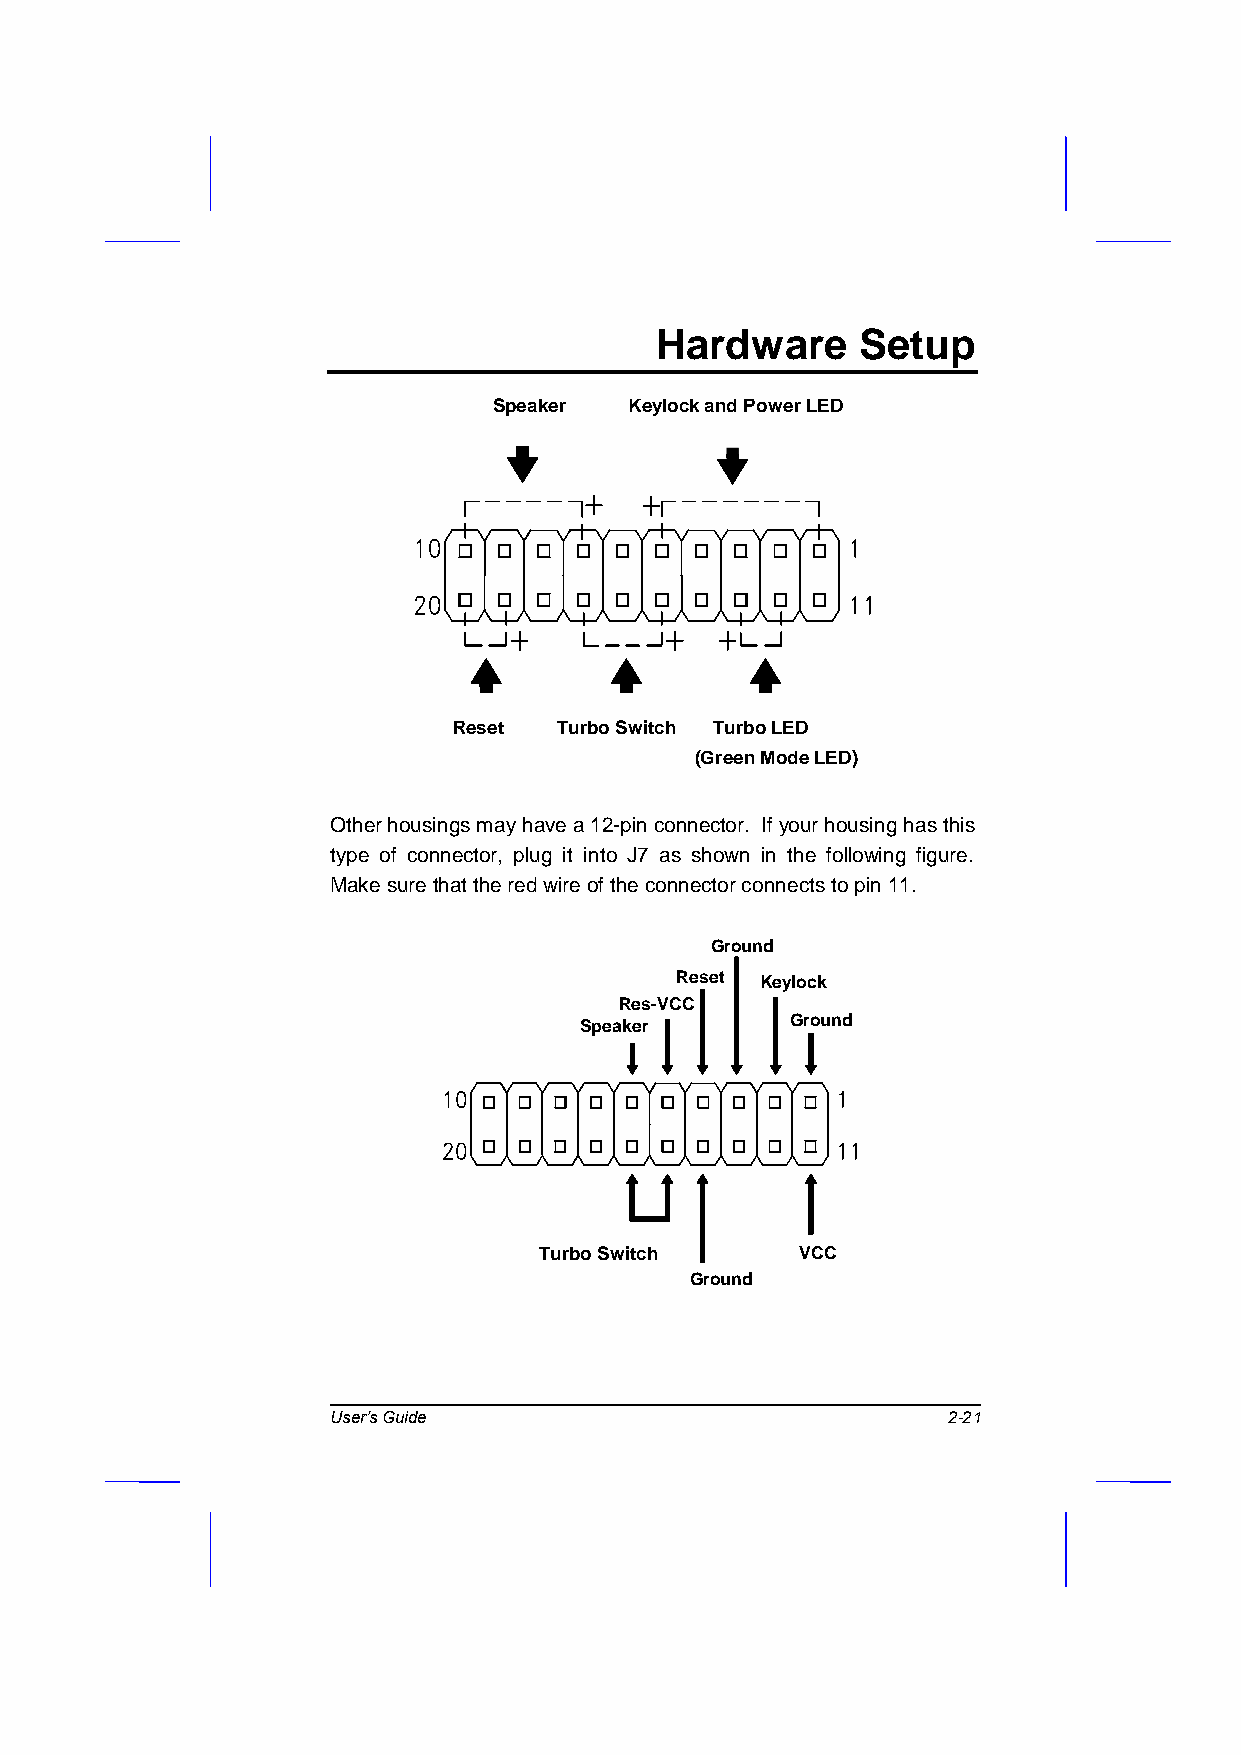
Hardware      Setup
 SSppeeaakkeer r KeyloKcke yalnodc kP &ow Peorw LeErD L ED
 Reset Break Switch Green Mode LED
 Reset  Turbo Switch Turbo LED
 ( Turbo Switch ) ( Turbo LED )
 (Green Mode LED)
 Other housings may have a 12-pin connector. If your housing has this
 type of connector, plug it into J7 as shown in the following figure.
 Make sure that the red wire of the connector connects to pin 11.
 Ground
 Reset Keylock
 Res-VCC
 Speaker       Ground
 Break Switch
 Turbo Switch     VCC
 ( Turbo Switch )
 Ground
 User’s Guide                             2-21